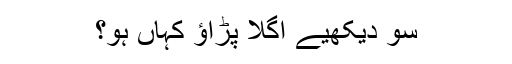
سو دیکھیے اگلا پڑاؤ کہاں ہو؟